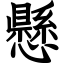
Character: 懸